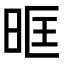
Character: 𭥰